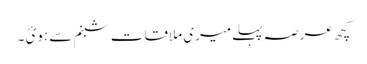
کچھ عرصہ پہلےمیری ملاقات شبنم سے ہوئ ۔